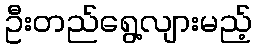
ဦးတည်ရွေ့လျားမည့်